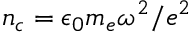
n _ { c } = \epsilon _ { 0 } m _ { e } \omega ^ { 2 } / e ^ { 2 }